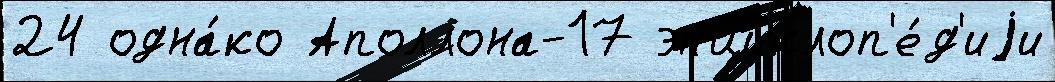
24 одна́ко Аполлона-17 энциклоп'е́д'иjи